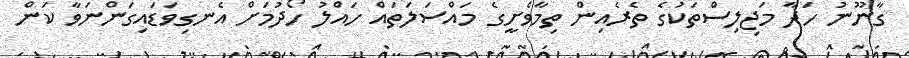
ގާނޫނު ހަދާ މަޖިލިސްތަކުގެ ތެރެއިން ތިމާވެށީގެ މައްސަލަތައް ހައްލު ހޯދުމަށް އެނގިވަޑައިގަންނަވާ ކަން